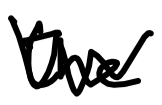
Text: the
Cross-out: zig-zag
Writing tool: digital_black